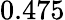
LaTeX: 0.475